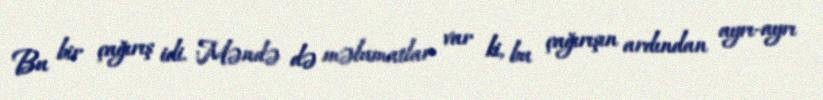
Bu bir çağırış idi. Məndə də məlumatlar var ki, bu çağırışın ardından ayrı-ayrı